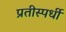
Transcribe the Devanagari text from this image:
प्रतीस्पर्धी